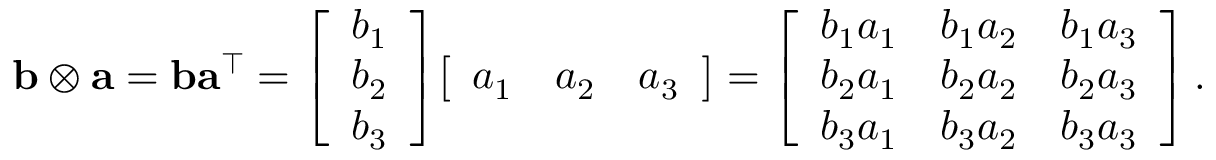
\mathbf { b } \otimes \mathbf { a } = \mathbf { b } \mathbf { a } ^ { \intercal } = { \left[ \begin{array} { l } { b _ { 1 } } \\ { b _ { 2 } } \\ { b _ { 3 } } \end{array} \right] } { \left[ \begin{array} { l l l } { a _ { 1 } } & { a _ { 2 } } & { a _ { 3 } } \end{array} \right] } = { \left[ \begin{array} { l l l } { b _ { 1 } a _ { 1 } } & { b _ { 1 } a _ { 2 } } & { b _ { 1 } a _ { 3 } } \\ { b _ { 2 } a _ { 1 } } & { b _ { 2 } a _ { 2 } } & { b _ { 2 } a _ { 3 } } \\ { b _ { 3 } a _ { 1 } } & { b _ { 3 } a _ { 2 } } & { b _ { 3 } a _ { 3 } } \end{array} \right] } \, .